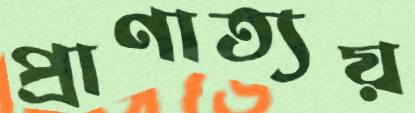
প্রাণাত্যয়